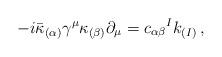
LaTeX: \begin{align*}-i\bar{\kappa}_{(\alpha)}\gamma^{\mu}\kappa_{(\beta)}\partial_{\mu}= c_{\alpha\beta}{}^{I}k_{(I)}\, ,\end{align*}